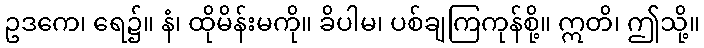
ဥဒကေ၊ ရေ၌။ နံ၊ ထိုမိန်းမကို။ ခိပါမ၊ ပစ်ချကြကုန်စို့။ ဣတိ၊ ဤသို့။